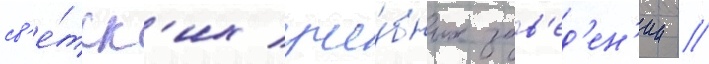
св'е́тск'их уче́бных зав'ед'ен'ии //